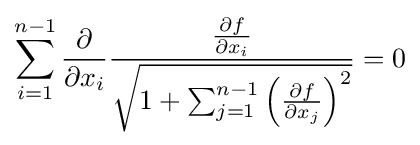
\sum _{i=1}^{n-1}{\frac {\partial }{\partial x_{i}}}{\frac {\frac {\partial f}{\partial x_{i}}}{\sqrt {1+\sum _{j=1}^{n-1}\left({\frac {\partial f}{\partial x_{j}}}\right)^{2}}}}=0